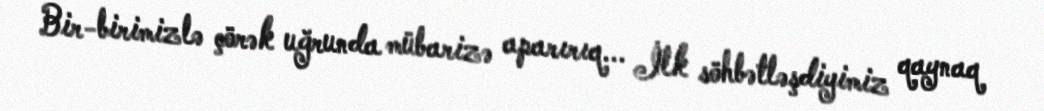
Bir-birimizlə çörək uğrunda mübarizə aparırıq... İlk söhbətləşdiyimiz qaynaq